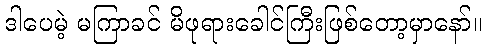
ဒါပေမဲ့ မကြာခင် မိဖုရားခေါင်ကြီးဖြစ်တော့မှာနော်။